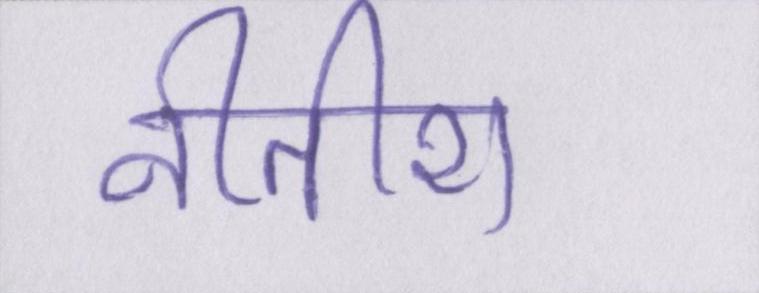
नीतीश